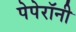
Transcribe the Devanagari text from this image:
पेपेरॉनी